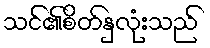
သင်၏စိတ်နှလုံးသည်